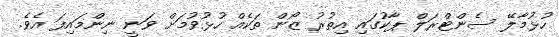
ހުޅުމާލޭ ސެންޓްރަލް ޕާކުގައި އިތުރު ޒޯން ތަކެއް ހުޅުވުމަށް ވަނީ ނިންމައިފަ އެވެ.